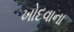
ખોદવાના